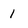
Character: 1